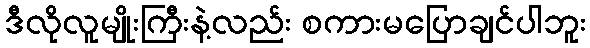
ဒီလိုလူမျိုးကြီးနဲ့လည်း စကားမပြောချင်ပါဘူး